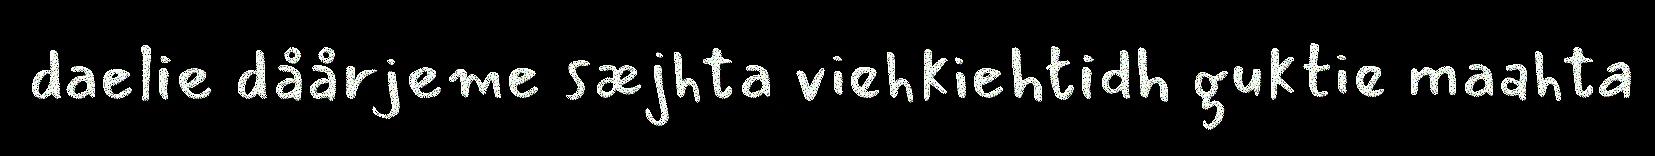
daelie dåårjeme sæjhta viehkiehtidh guktie maahta